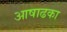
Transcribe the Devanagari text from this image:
आषाढका